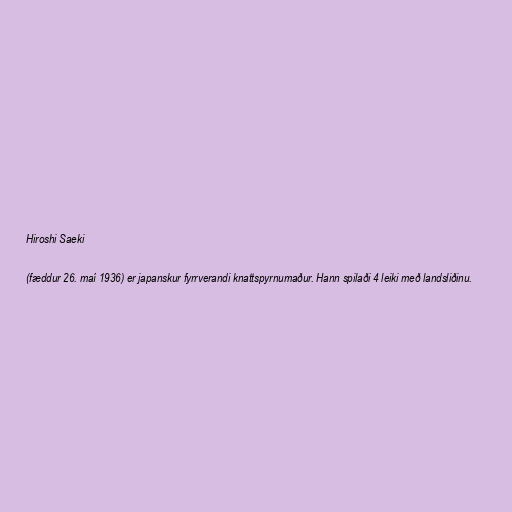
Hiroshi Saeki

(fæddur 26. maí 1936) er japanskur fyrrverandi knattspyrnumaður. Hann spilaði 4 leiki með landsliðinu.